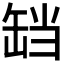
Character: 𬙏